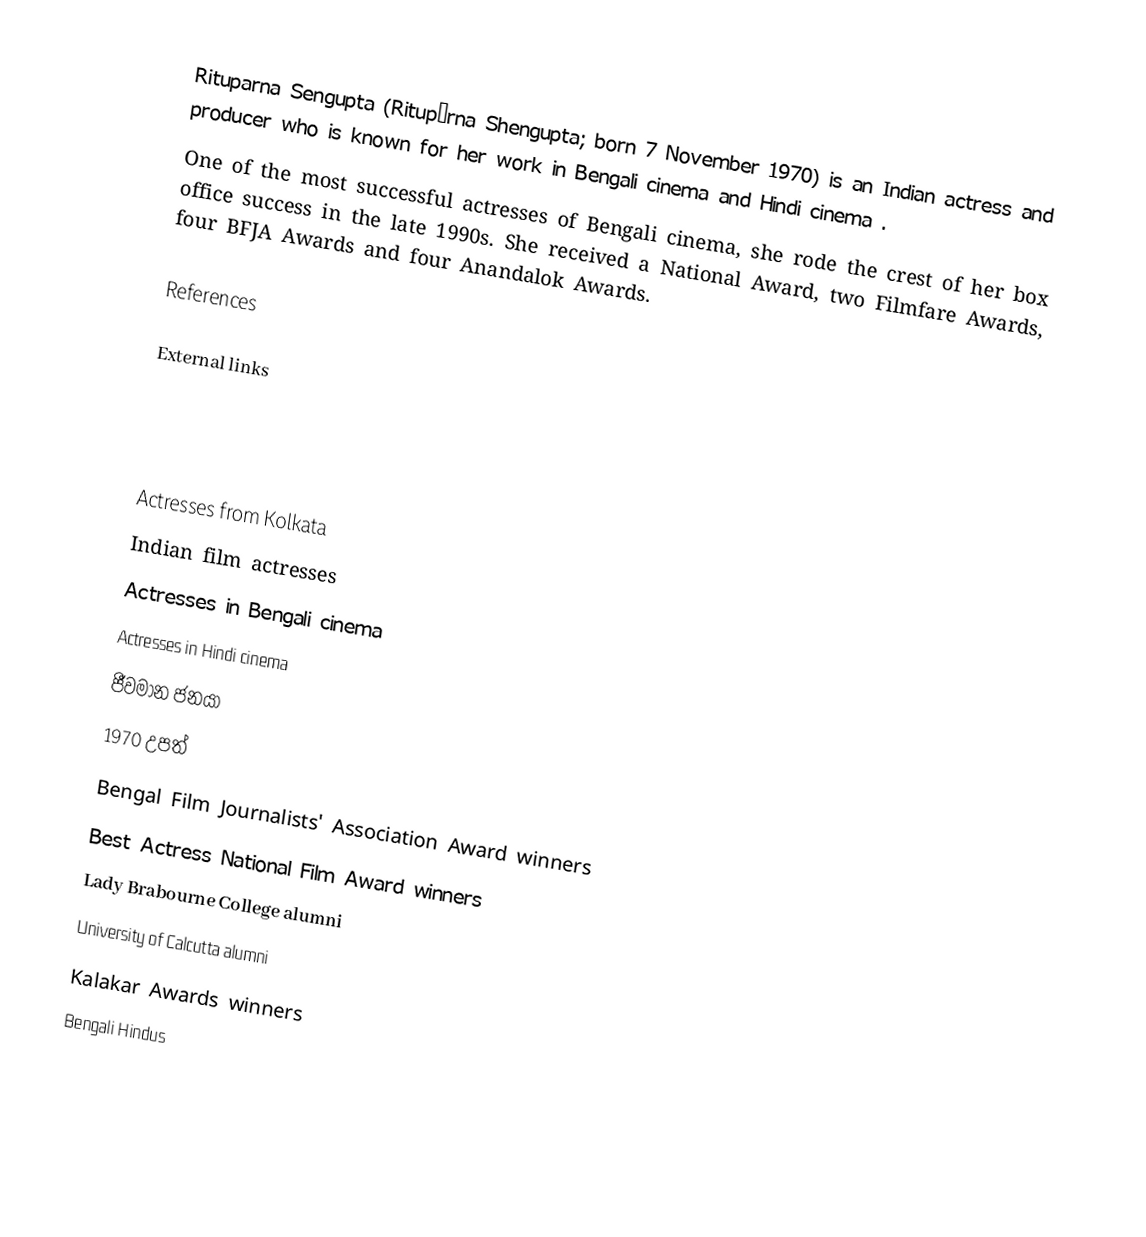
Rituparna Sengupta (Ritupôrna Shengupta; born 7 November 1970) is an Indian actress and producer who is known for her work in Bengali cinema and Hindi cinema .
 One of the most successful actresses of Bengali cinema, she rode the crest of her box office success in the late 1990s. She received a National Award, two Filmfare Awards, four BFJA Awards and four Anandalok Awards.

References

External links

Actresses from Kolkata
Indian film actresses
Actresses in Bengali cinema
Actresses in Hindi cinema
ජීවමාන ජනයා
1970 උපත්
Bengal Film Journalists' Association Award winners
Best Actress National Film Award winners
Lady Brabourne College alumni
University of Calcutta alumni
Kalakar Awards winners
Bengali Hindus